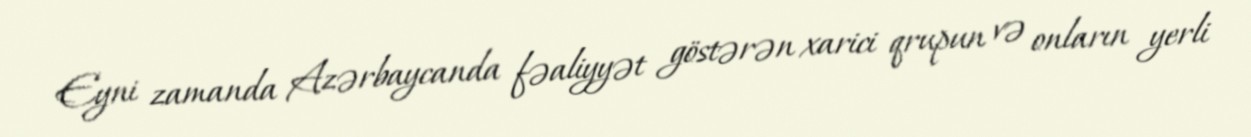
Eyni zamanda Azərbaycanda fəaliyyət göstərən xarici qrupun və onların yerli